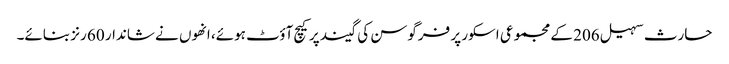
حارث سہیل 206 کے مجموعی اسکور پر فرگوسن کی گیند پر کیچ آؤٹ ہوئے، انھوں نے شاندار 60 رنز بنائے۔